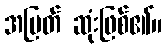
အမြတ် ဆုံးဖြစ်၏။